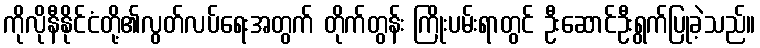
ကိုလိုနီနိုင်ငံတို့၏လွတ်လပ်ရေးအတွက် တိုက်တွန်း ကြိုးပမ်းရာတွင် ဦးဆောင်ဦးရွက်ပြုခဲ့သည်။